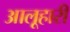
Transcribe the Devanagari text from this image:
आलूहारी